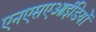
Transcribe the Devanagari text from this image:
एनएसएआईडियों